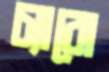
চ্যারো